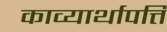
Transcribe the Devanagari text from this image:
काव्यार्थापत्ति